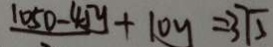
1 0 5 0 - 4 5 y + 1 0 y = 3 7 5